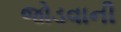
જોડવાની